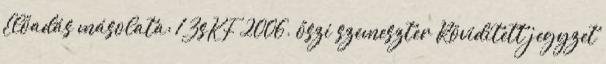
Előadás másolata: 1 ZsKF 2006. őszi szemeszter Rövidített jegyzet